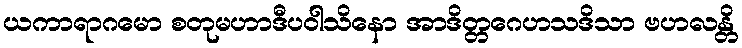
ယကာရာဂမော စတုမဟာဒီပဝါသိနော အာဒိတ္တဂေဟသဒိသာ ဗဟလန္တိ